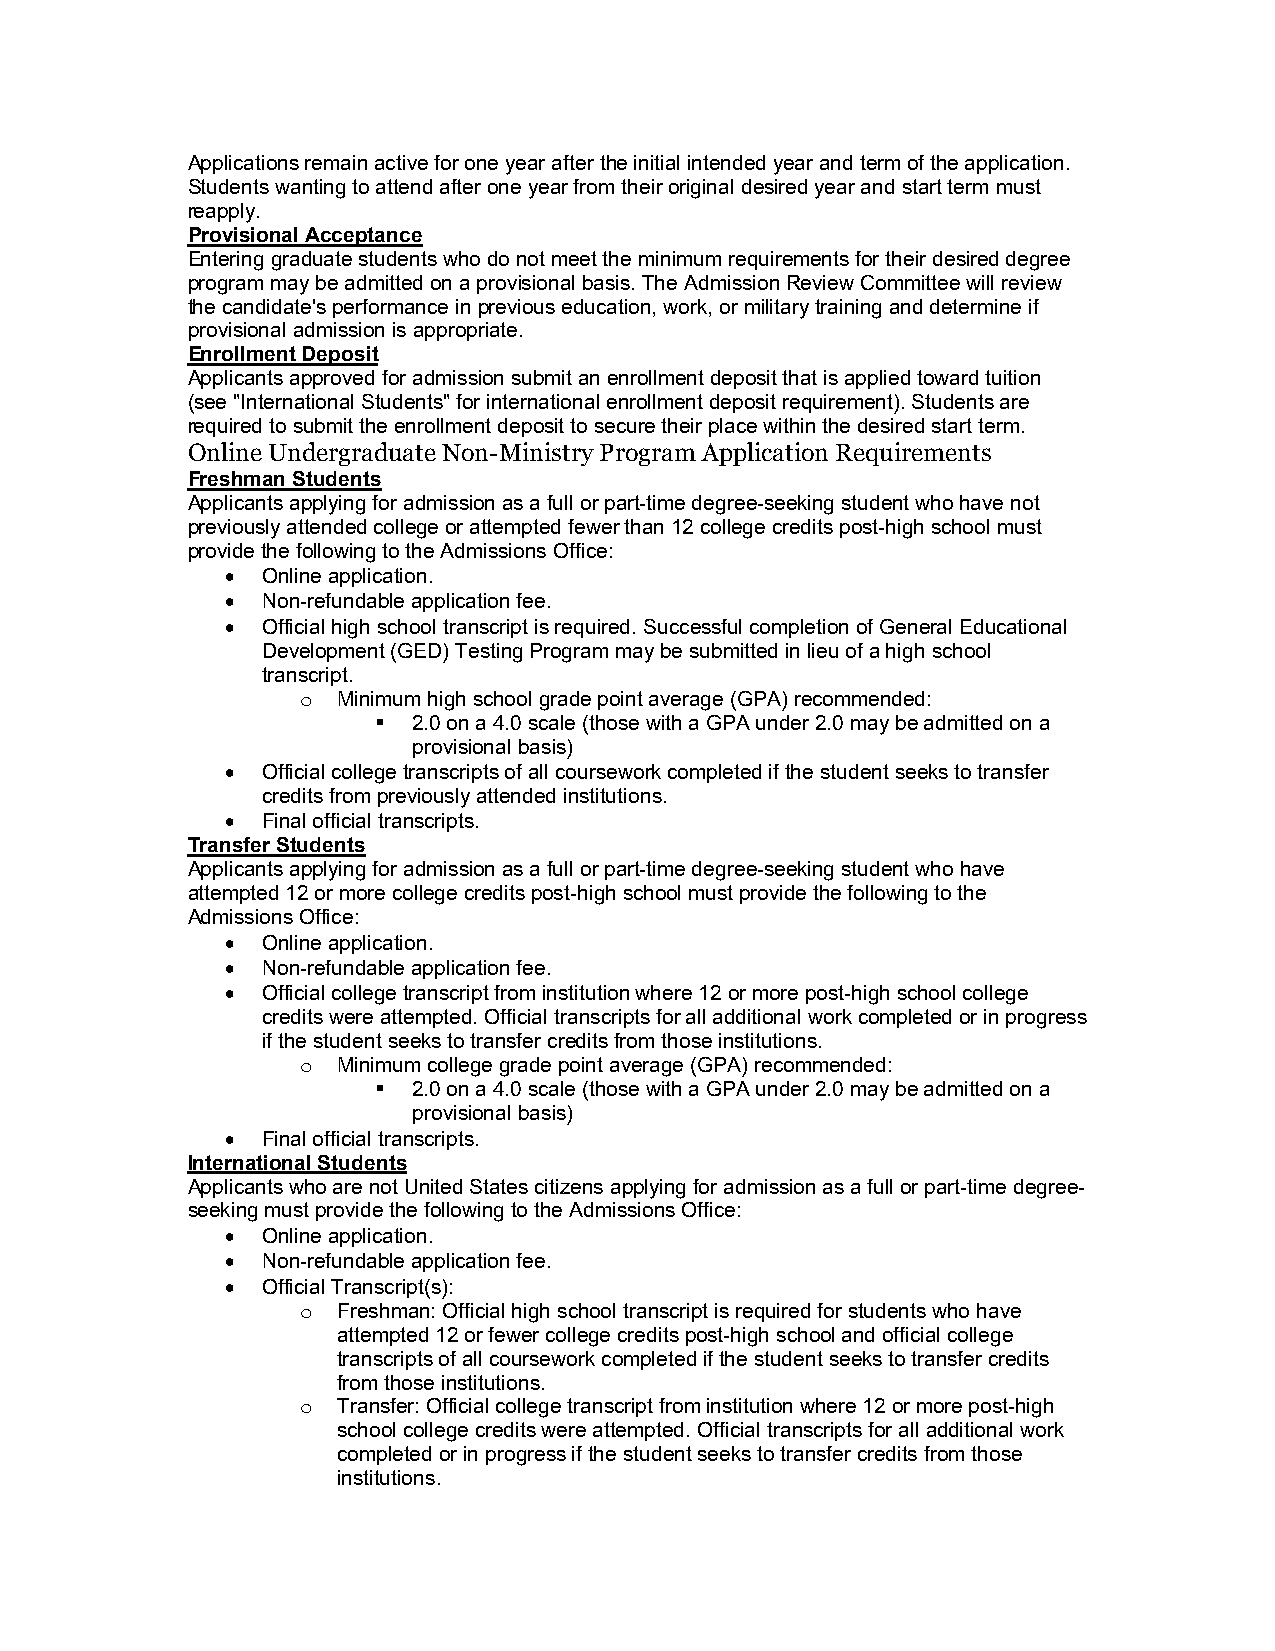
Applications remain active for one year after the initial intended year and term of the application.
 Students wanting to attend after one year from their original desired year and start term must
 reapply.
 Provisional Acceptance
 Entering graduate students who do not meet the minimum requirements for their desired degree
 program may be admitted on a provisional basis. The Admission Review Committee will review
 the candidate's performance in previous education, work, or military training and determine if
 provisional admission is appropriate.
 Enrollment Deposit
 Applicants approved for admission submit an enrollment deposit that is applied toward tuition
 (see "International Students" for international enrollment deposit requirement). Students are
 required to submit the enrollment deposit to secure their place within the desired start term.
 Online Undergraduate Non-Ministry Program Application Requirements
 Freshman Students
 Applicants applying for admission as a full or part-time degree-seeking student who have not
 previously attended college or attempted fewer than 12 college credits post-high school must
 provide the following to the Admissions Office:
  Online application.
  Non-refundable application fee.
  Official high school transcript is required. Successful completion of General Educational
 Development (GED) Testing Program may be submitted in lieu of a high school
 transcript.
 o Minimum high school grade point average (GPA) recommended:
  2.0 on a 4.0 scale (those with a GPA under 2.0 may be admitted on a
 provisional basis)
  Official college transcripts of all coursework completed if the student seeks to transfer
 credits from previously attended institutions.
  Final official transcripts.
 Transfer Students
 Applicants applying for admission as a full or part-time degree-seeking student who have
 attempted 12 or more college credits post-high school must provide the following to the
 Admissions Office:
  Online application.
  Non-refundable application fee.
  Official college transcript from institution where 12 or more post-high school college
 credits were attempted. Official transcripts for all additional work completed or in progress
 if the student seeks to transfer credits from those institutions.
 o Minimum college grade point average (GPA) recommended:
  2.0 on a 4.0 scale (those with a GPA under 2.0 may be admitted on a
 provisional basis)
  Final official transcripts.
 International Students
 Applicants who are not United States citizens applying for admission as a full or part-time degree-
 seeking must provide the following to the Admissions Office:
  Online application.
  Non-refundable application fee.
  Official Transcript(s):
 o Freshman: Official high school transcript is required for students who have
 attempted 12 or fewer college credits post-high school and official college
 transcripts of all coursework completed if the student seeks to transfer credits
 from those institutions.
 o Transfer: Official college transcript from institution where 12 or more post-high
 school college credits were attempted. Official transcripts for all additional work
 completed or in progress if the student seeks to transfer credits from those
 institutions.